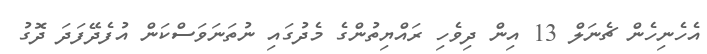
އެހެނިހެން ޗެނަލް 13 އިން ދިވެހި ރައްޔިތުންގެ މެދުގައި ނުތަނަވަސްކަން އުފެދޭފަދަ ދޮގު